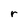
Character: r